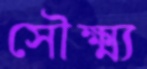
সৌক্ষ্ম্য